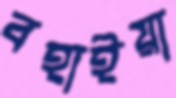
বহাইয়া